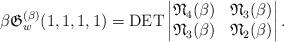
LaTeX: \begin{gather*} \beta \mathfrak{G}_{w}^{(\beta)}(1,1,1,1)= \operatorname{DET} \left | \begin{matrix}\mathfrak{N}_4(\beta) & \mathfrak{N}_3(\beta) \\\mathfrak{N}_3(\beta) & \mathfrak{N}_2(\beta)\end{matrix} \right |.\end{gather*}